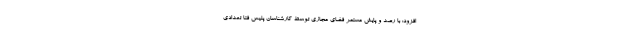
افزود: با رصد و پایش مستمر فضای مجازی توسط کارشناسان پلیس فتا تعدادی